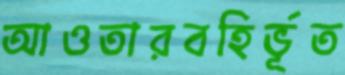
আওতারবহির্ভূত